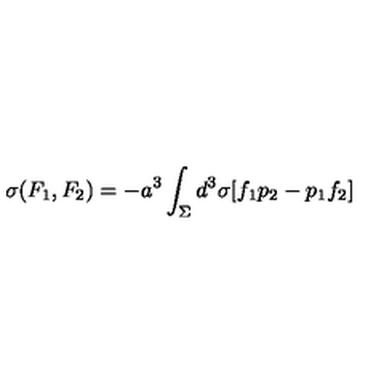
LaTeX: \sigma ( F _ { 1 } , F _ { 2 } ) = - a ^ { 3 } \int _ { \Sigma } d ^ { 3 } \sigma [ f _ { 1 } p _ { 2 } - p _ { 1 } f _ { 2 } ]